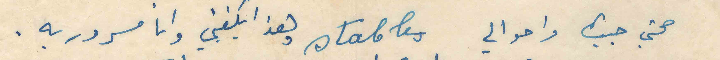
صحتي جيدة واحوالي stables وهذا يكفيني وانا مسرور به.